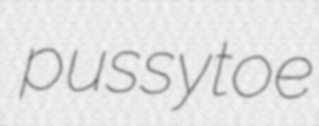
pussytoe